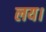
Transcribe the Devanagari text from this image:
लय।